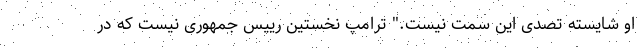
او شایسته تصدی این سمت نیست." ترامپ نخستین رییس‌ جمهوری نیست که در